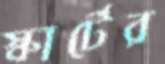
স্কার্টের